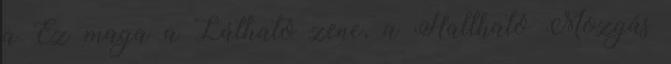
a Ez maga a Látható zene, a Hallható Mozgás